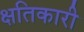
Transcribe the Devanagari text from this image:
क्षतिकारी